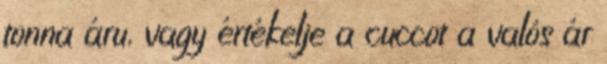
tonna áru, vagy értékelje a cuccot a valós ár